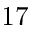
1 7